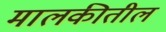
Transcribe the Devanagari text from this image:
मालकीतील